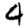
Digit: 4